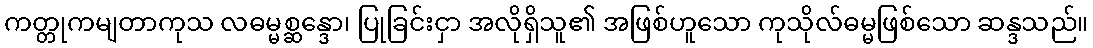
ကတ္တုကမျတာကုသ လဓမ္မစ္ဆန္ဒော၊ ပြုခြင်းငှာ အလိုရှိသူ၏ အဖြစ်ဟူသော ကုသိုလ်ဓမ္မဖြစ်သော ဆန္ဒသည်။